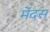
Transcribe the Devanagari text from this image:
मेंदस